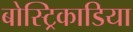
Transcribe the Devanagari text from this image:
बोस्ट्रिकाडिया